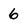
Character: 6